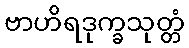
ဗာဟိရဒုက္ခသုတ္တံ